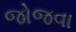
જોજવા